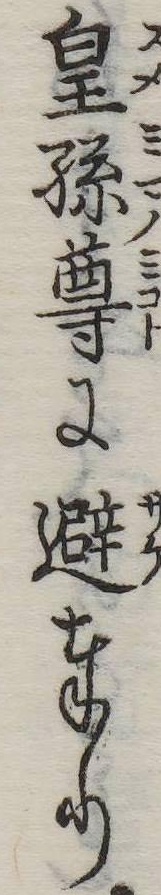
皇孫尊に避奉り